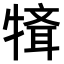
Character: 𤛄